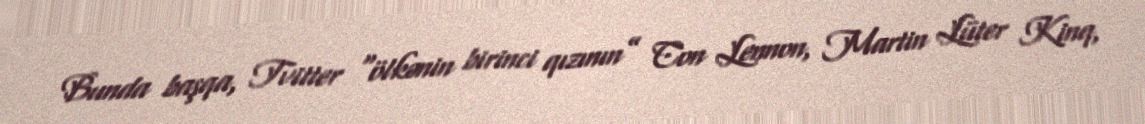
Bunda başqa, Tvitter “ölkənin birinci qızının” Con Lennon, Martin Lüter Kinq,